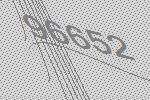
96652